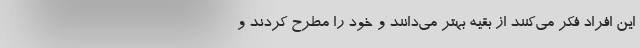
این افراد فکر می‌کنند از بقیه بهتر می‌دانند و خود را مطرح کردند و